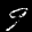
Label: 9